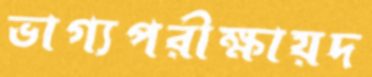
ভাগ্যপরীক্ষায়দ